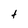
Character: t